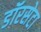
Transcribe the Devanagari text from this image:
डॉरसेटा